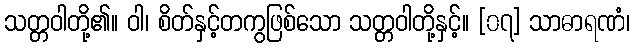
သတ္တဝါတို့၏။ ဝါ၊ စိတ်နှင့်တကွဖြစ်သော သတ္တဝါတို့နှင့်။ [၀၇] သာဓာရဏံ၊